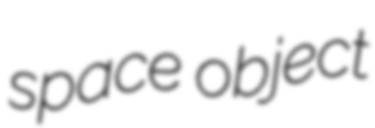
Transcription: space object